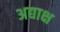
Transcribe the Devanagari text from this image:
अद्याक्ष